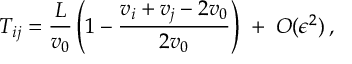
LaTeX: T _ { i j } = \frac { L } { v _ { 0 } } \left( 1 - \frac { v _ { i } + v _ { j } - 2 v _ { 0 } } { 2 v _ { 0 } } \right) \; + \; { \cal O } ( \epsilon ^ { 2 } ) \, ,